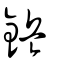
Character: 鋲